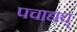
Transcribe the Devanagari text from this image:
पचाद्यच्